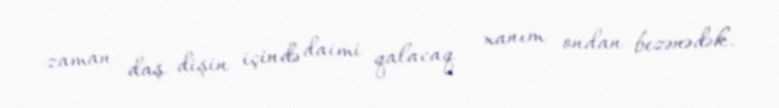
zaman daş dişin içində daimi qalacaq - xanım ondan bezənədək.